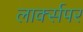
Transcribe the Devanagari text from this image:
लार्क्सपर